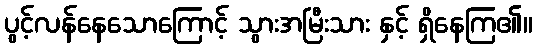
ပွင့်လန်နေသောကြောင့် သွားအမြီးသား နှင့် ရှိနေကြ၏။